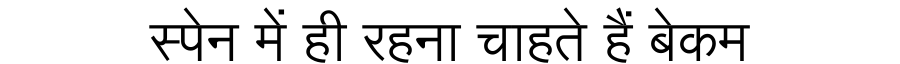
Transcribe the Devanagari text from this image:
स्पेन में ही रहना चाहते हैं बेकम